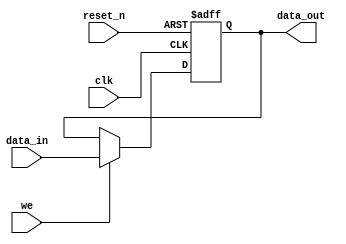
//////////////////////////////////////////////////////////////////////
////                                                              ////
////  Tubo 8051 cores common library Module                       ////
////                                                              ////
////  This file is part of the Turbo 8051 cores project           ////
////  http://www.opencores.org/cores/turbo8051/                   ////
////                                                              ////
////  Description                                                 ////
////  Turbo 8051 definitions.                                     ////
////                                                              ////
////  To Do:                                                      ////
////    nothing                                                   ////
////                                                              ////
////  Author(s):                                                  ////
////      - Dinesh Annayya, dinesha@opencores.org                 ////
////                                                              ////
//////////////////////////////////////////////////////////////////////
////                                                              ////
//// Copyright (C) 2000 Authors and OPENCORES.ORG                 ////
////                                                              ////
//// This source file may be used and distributed without         ////
//// restriction provided that this copyright statement is not    ////
//// removed from the file and that any derivative work contains  ////
//// the original copyright notice and the associated disclaimer. ////
////                                                              ////
//// This source file is free software; you can redistribute it   ////
//// and/or modify it under the terms of the GNU Lesser General   ////
//// Public License as published by the Free Software Foundation; ////
//// either version 2.1 of the License, or (at your option) any   ////
//// later version.                                               ////
////                                                              ////
//// This source is distributed in the hope that it will be       ////
//// useful, but WITHOUT ANY WARRANTY; without even the implied   ////
//// warranty of MERCHANTABILITY or FITNESS FOR A PARTICULAR      ////
//// PURPOSE.  See the GNU Lesser General Public License for more ////
//// details.                                                     ////
////                                                              ////
//// You should have received a copy of the GNU Lesser General    ////
//// Public License along with this source; if not, download it   ////
//// from http://www.opencores.org/lgpl.shtml                     ////
////                                                              ////
//////////////////////////////////////////////////////////////////////
//`timescale 1ns/100ps

/*********************************************************************
** module: bit register

** description: infers a register, make it modular
 ***********************************************************************/
module bit_register (
		 //inputs
		 we,		 
		 clk,
		 reset_n,
		 data_in,
		 
		 //outputs
		 data_out
		 );

//---------------------------------
// Reset Default value
//---------------------------------
parameter  RESET_DEFAULT = 1'h0;

  input	 we;
  input	 clk;
  input	 reset_n;
  input	 data_in;
  output data_out;
  
  reg	 data_out;
  
  //infer the register
  always @(posedge clk or negedge reset_n)
    begin
      if (!reset_n)
	data_out <= RESET_DEFAULT;
      else if (we)
	data_out <= data_in;
    end // always @ (posedge clk or negedge reset_n)
endmodule // register


/*********************************************************************
** module: req register.

** description: This register is set by cpu writting 1 and reset by
                harward req = 1

 Note: When there is a clash between cpu and hardware, cpu is given higher
       priority

 ***********************************************************************/
module req_register (
		 //inputs
		 clk,
		 reset_n,
		 cpu_we,		 
		 cpu_req,
		 hware_ack,
		 
		 //outputs
		 data_out
		 );

//---------------------------------
// Reset Default value
//---------------------------------
parameter  RESET_DEFAULT = 1'h0;

  input	 clk      ;
  input	 reset_n  ;
  input	 cpu_we   ; // cpu write enable
  input	 cpu_req  ; // CPU Request
  input	 hware_ack; // Hardware Ack
  output data_out ;
  
  reg	 data_out;
  
  //infer the register
  always @(posedge clk or negedge reset_n)
    begin
      if (!reset_n)
	data_out <= RESET_DEFAULT;
      else if (cpu_we & cpu_req) // Set on CPU Request
	 data_out <= 1'b1;
      else if (hware_ack)  // Reset the flag on Hardware ack
	 data_out <= 1'b0;
    end // always @ (posedge clk or negedge reset_n)
endmodule // register


/*********************************************************************
** module: req register.

** description: This register is cleared by cpu writting 1 and set by
                harward req = 1

 Note: When there is a clash between cpu and hardware, 
       hardware is given higher priority

 ***********************************************************************/
module stat_register (
		 //inputs
		 clk,
		 reset_n,
		 cpu_we,		 
		 cpu_ack,
		 hware_req,
		 
		 //outputs
		 data_out
		 );

//---------------------------------
// Reset Default value
//---------------------------------
parameter  RESET_DEFAULT = 1'h0;

  input	 clk      ;
  input	 reset_n  ;
  input	 cpu_we   ; // cpu write enable
  input	 cpu_ack  ; // CPU Ack
  input	 hware_req; // Hardware Req
  output data_out ;
  
  reg	 data_out;
  
  //infer the register
  always @(posedge clk or negedge reset_n)
    begin
      if (!reset_n)
	data_out <= RESET_DEFAULT;
      else if (hware_req)  // Set the flag on Hardware Req
	 data_out <= 1'b1;
      else if (cpu_we & cpu_ack) // Clear on CPU Ack
	 data_out <= 1'b0;
    end // always @ (posedge clk or negedge reset_n)
endmodule // register





/*********************************************************************
** copyright message here.

** module: generic register

***********************************************************************/
module  generic_register	(
	      //List of Inputs
	      we,		 
	      data_in,
	      reset_n,
	      clk,
	      
	      //List of Outs
	      data_out
	      );

  parameter   WD               = 1;  
  parameter   RESET_DEFAULT    = 0;  
  input [WD-1:0]     we;	
  input [WD-1:0]     data_in;	
  input              reset_n;
  input		     clk;
  output [WD-1:0]    data_out;


generate
  genvar i;
  for (i = 0; i < WD; i = i + 1) begin : gen_bit_reg
    bit_register #(RESET_DEFAULT[i]) u_bit_reg (   
                .we         (we[i]),
                .clk        (clk),
                .reset_n    (reset_n),
                .data_in    (data_in[i]),
                .data_out   (data_out[i])
            );
  end
endgenerate


endmodule


/*********************************************************************
** copyright message here.

** module: generic register

***********************************************************************/
module  generic_intr_stat_reg	(
		 //inputs
		 clk,
		 reset_n,
		 reg_we,		 
		 reg_din,
		 hware_req,
		 
		 //outputs
		 data_out
	      );

  parameter   WD               = 1;  
  parameter   RESET_DEFAULT    = 0;  
  input [WD-1:0]     reg_we;	
  input [WD-1:0]     reg_din;	
  input [WD-1:0]     hware_req;	
  input              reset_n;
  input		     clk;
  output [WD-1:0]    data_out;


generate
  genvar i;
  for (i = 0; i < WD; i = i + 1) begin : gen_bit_reg
    stat_register #(RESET_DEFAULT[i]) u_bit_reg (
		 //inputs
		 . clk        (clk           ),
		 . reset_n    (reset_n       ),
		 . cpu_we     (reg_we[i]     ),		 
		 . cpu_ack    (reg_din[i]    ),
		 . hware_req  (hware_req[i]  ),
		 
		 //outputs
		 . data_out  (data_out[i]    )
		 );

  end
endgenerate


endmodule